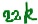
Text: 22K